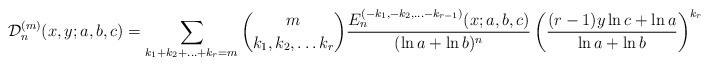
LaTeX: \begin{align*}\mathcal{D}^{(m)}_n(x,y;a,b,c)=\sum_{k_1+k_2+\ldots +k_r=m}\binom{m}{k_1,k_2,\ldots k_r}\frac{{E}^{(-k_1,-k_2,\ldots -k_{r-1})}_n(x;a,b,c)}{(\ln a+\ln b)^n}\left(\frac{(r-1)y\ln c+\ln a}{\ln a +\ln b}\right)^{k_r}.\end{align*}